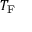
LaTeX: T _ { \mathrm { { F } } }